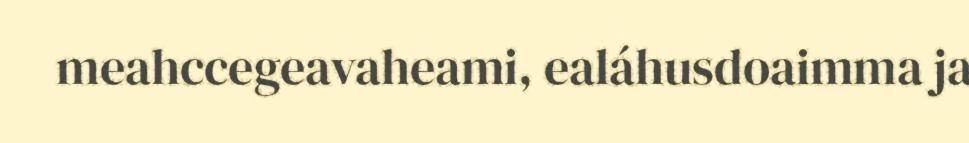
meahccegeavaheami, ealáhusdoaimma ja